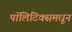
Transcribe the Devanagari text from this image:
पॉलिटिक्समधून